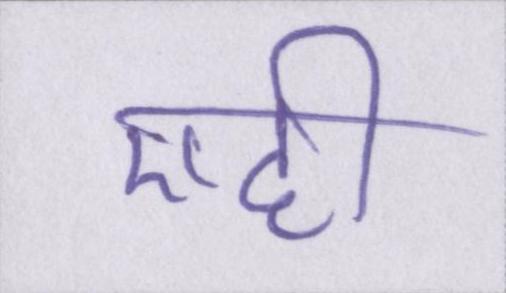
एही